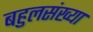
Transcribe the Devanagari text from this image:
बहुलसंख्या